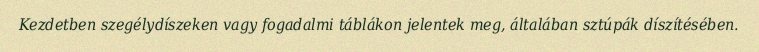
Kezdetben szegélydíszeken vagy fogadalmi táblákon jelentek meg, általában sztúpák díszítésében.